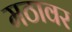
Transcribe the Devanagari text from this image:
मठावर